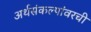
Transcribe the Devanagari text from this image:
अर्थसंकल्पांवरची